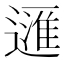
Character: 𲅴